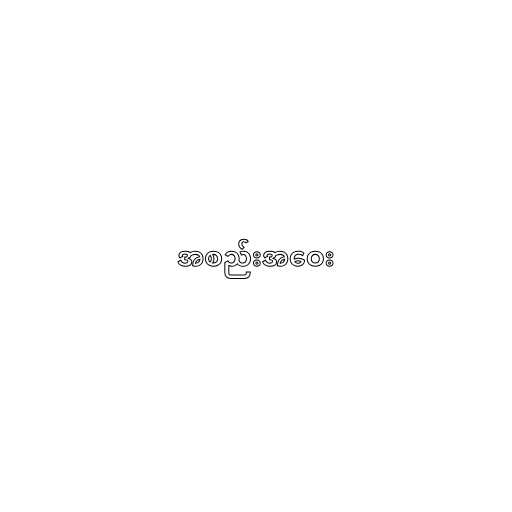
အစည်းအဝေး